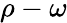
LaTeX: \rho-\omega